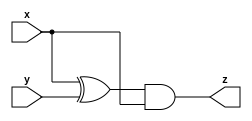
module A( input x,y, output z);
  assign z=(x^y)&x;
endmodule

module B( input x,y, output z);
  xnor a1(z,x,y); 
endmodule

module C(input x,
         input y,
         output z
    );
    wire z1,z2,z3,z4,z5,z6;
    A A1(x,y,z1);
    B B1(x,y,z2);
    A A2(x,y,z3);
    B B2(x,y,z4);
    or a(z5,z1,z2);
    and b(z6,z3,z4);
    xor c(z,z5,z6);
endmodule